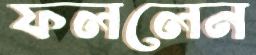
ফললেন